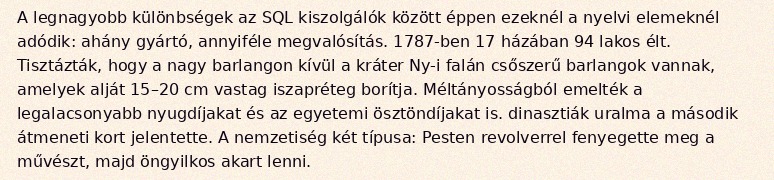
A legnagyobb különbségek az SQL kiszolgálók között éppen ezeknél a nyelvi elemeknél adódik: ahány gyártó, annyiféle megvalósítás. 1787-ben 17 házában 94 lakos élt. Tisztázták, hogy a nagy barlangon kívül a kráter Ny-i falán csőszerű barlangok vannak, amelyek alját 15–20 cm vastag iszapréteg borítja. Méltányosságból emelték a legalacsonyabb nyugdíjakat és az egyetemi ösztöndíjakat is. dinasztiák uralma a második átmeneti kort jelentette. A nemzetiség két típusa: Pesten revolverrel fenyegette meg a művészt, majd öngyilkos akart lenni.